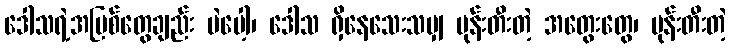
ဒေါသရဲ့အပြစ်တွေချည်း ပဲပေါ့၊ ဒေါသ ရှိနေသေးသမျှ မုန်းတီးတဲ့ အတွေးတွေ၊ မုန်းတီးတဲ့